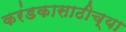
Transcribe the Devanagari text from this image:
करंडकासाठीच्या